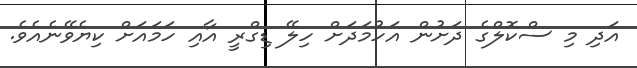
އަދި މި ސްކޮލްގެ ދަށުން އަހުމަދަށް ހިލޭ ޑިގްރީ އާއި ހަމައަށް ކިޔެވޭނެއެވެ.